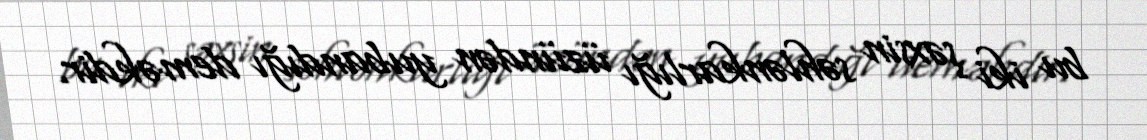
bu iki şəxsin səhlənkarlığı üzündən yubandığı deməkdir.